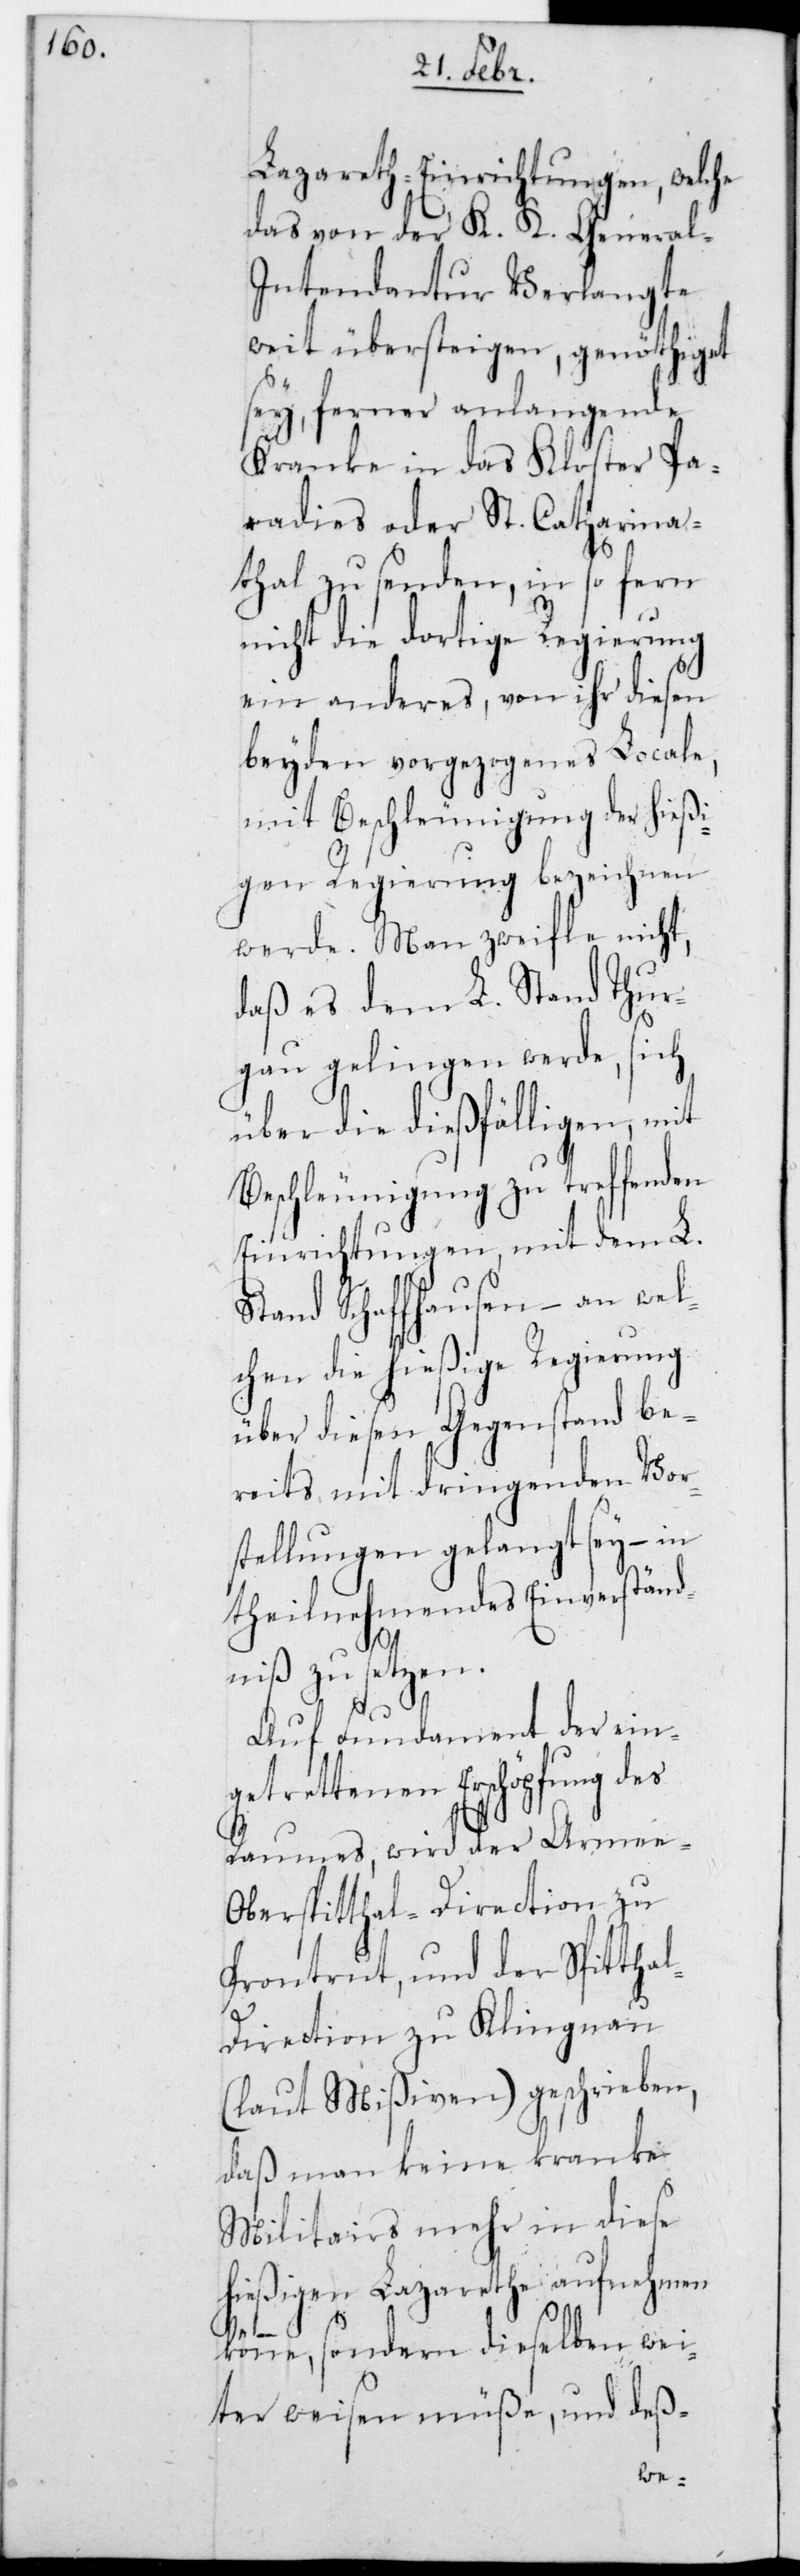
Lazareth-Einrichtungen, welche
das von der K. K. General-I¬
ntendantur Verlangte
weit übersteigen, genöthiget
sey, ferner anlangende
Kranke in das Kloster Pa¬
radies oder St. Catharina¬
tal zu senden, in so fern
nicht die dortige Regierung
ein anderes, von ihr diesen
beyden vorgezogenes Locale,
mit Beschleunigung der hießi¬
gen Regierung bezeichnen
werde. Man zweifle nicht,
daß es dem L. Stand Thur¬
gau gelingen werde, sich
über die dießfälligen, mit
Beschleunigung zu treffenden
Einrichtungen, mit dem L.
Stand Schaffhausen, – an wel¬
chen die hießige Regierung
über diesen Gegenstand be¬
reits mit dringenden Vor¬
stellungen gelangt sey, – in
theilnehmendes Einverständ¬
niß zu setzen.
Auf Fundament der eing¬
etrettenen Erschöpfung des
Raumes, wird der Arme¬
e-Oberspitthal-Direction zu
Prontrut, und der Spitthal¬
direction zu Klingnau
(laut Mißiven) geschrieben,
daß man keine kranke
Militairs mehr in diese
hießigen Lazarethe aufnehmen
könne, sondern dieselben wei¬
ter weisen müße, und deß-